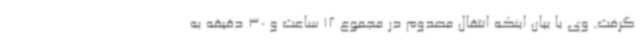
گرفت. وی با بیان اینکه انتقال مصدوم در مجموع 12 ساعت و 30 دقیقه به